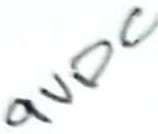
Text: 9VDC